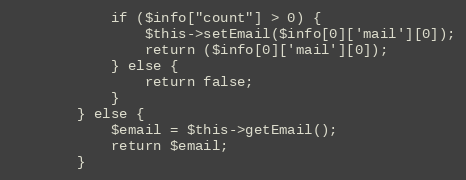
Language: PHP
            if ($info["count"] > 0) {
                $this->setEmail($info[0]['mail'][0]);
                return ($info[0]['mail'][0]);
            } else {
                return false;
            }
        } else {
            $email = $this->getEmail();
            return $email;
        }